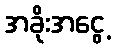
အခိုးအငွေ့